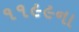
૧૧૯૯ના